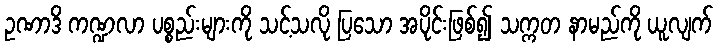
ဥဏာဒိ ကဏ္ဍလာ ပစ္စည်းများကို သင့်သလို ပြသော အပိုင်းဖြစ်၍ သက္ကတ နာမည်ကို ယူလျက်